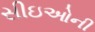
સીઇઓની